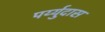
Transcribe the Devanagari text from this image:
पर्य्युदास